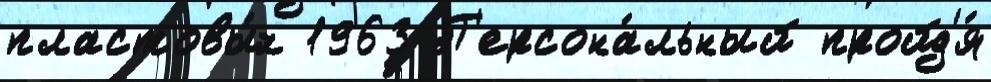
пластовы́х 1963 П'ерсона́льный пройд'я́